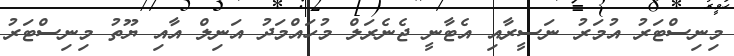
މިނިސްޓަރު އުމަރު ނަސީރާއި އެޓާނީ ޖެނެރަލް މުހައްމަދު އަނިލް އާއި ޔޫތު މިނިސްޓަރު